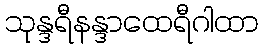
သုန္ဒရီနန္ဒာထေရီဂါထာ